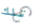
تلك